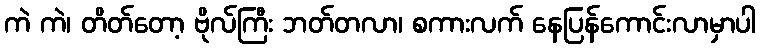
ကဲ ကဲ၊ တိတ်တော့ ဗိုလ်ကြီး ဘတ်တလာ၊ စကားလက် နေပြန်ကောင်းလာမှာပါ